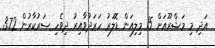
އަދި މި މަޝްރޫއަށް 15 މިލިއަން ޑޮލަރު ހަރަދުވާއިރު ދިވެހި ސަރުކާރުން 3.72